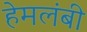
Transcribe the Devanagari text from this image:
हेमलंबी